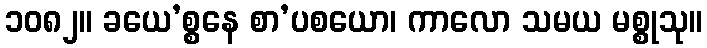
၁၀၈၂။ ခယေ’စ္စနေ စာ’ပစယော၊ ကာလော သမယ မစ္စုသု။